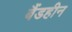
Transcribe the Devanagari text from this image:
बैंडहीन